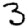
Digit: 3